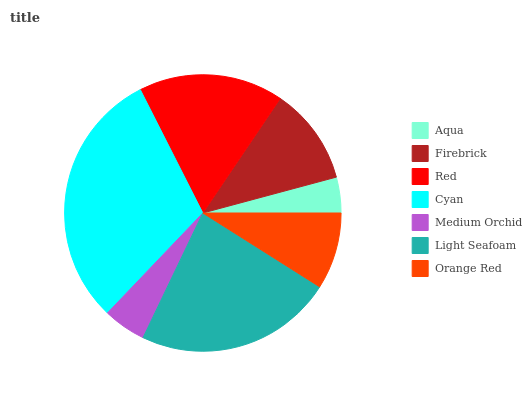
| Aqua | Firebrick | Red | Cyan | Medium Orchid | Light Seafoam | Orange Red |
 | --- | --- | --- | --- | --- | --- | --- |
 | 4.17% | 11.4% | 16.9% | 30.4% | 5.02% | 23.1% | 8.99% |